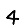
Digit: 4